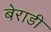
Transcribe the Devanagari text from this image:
बेराडी